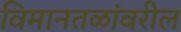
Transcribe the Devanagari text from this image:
विमानतळांवरील